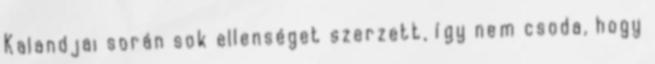
Kalandjai során sok ellenséget szerzett, így nem csoda, hogy